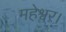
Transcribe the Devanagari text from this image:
महेश्वर।